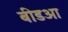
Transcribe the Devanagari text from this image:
बीडआ